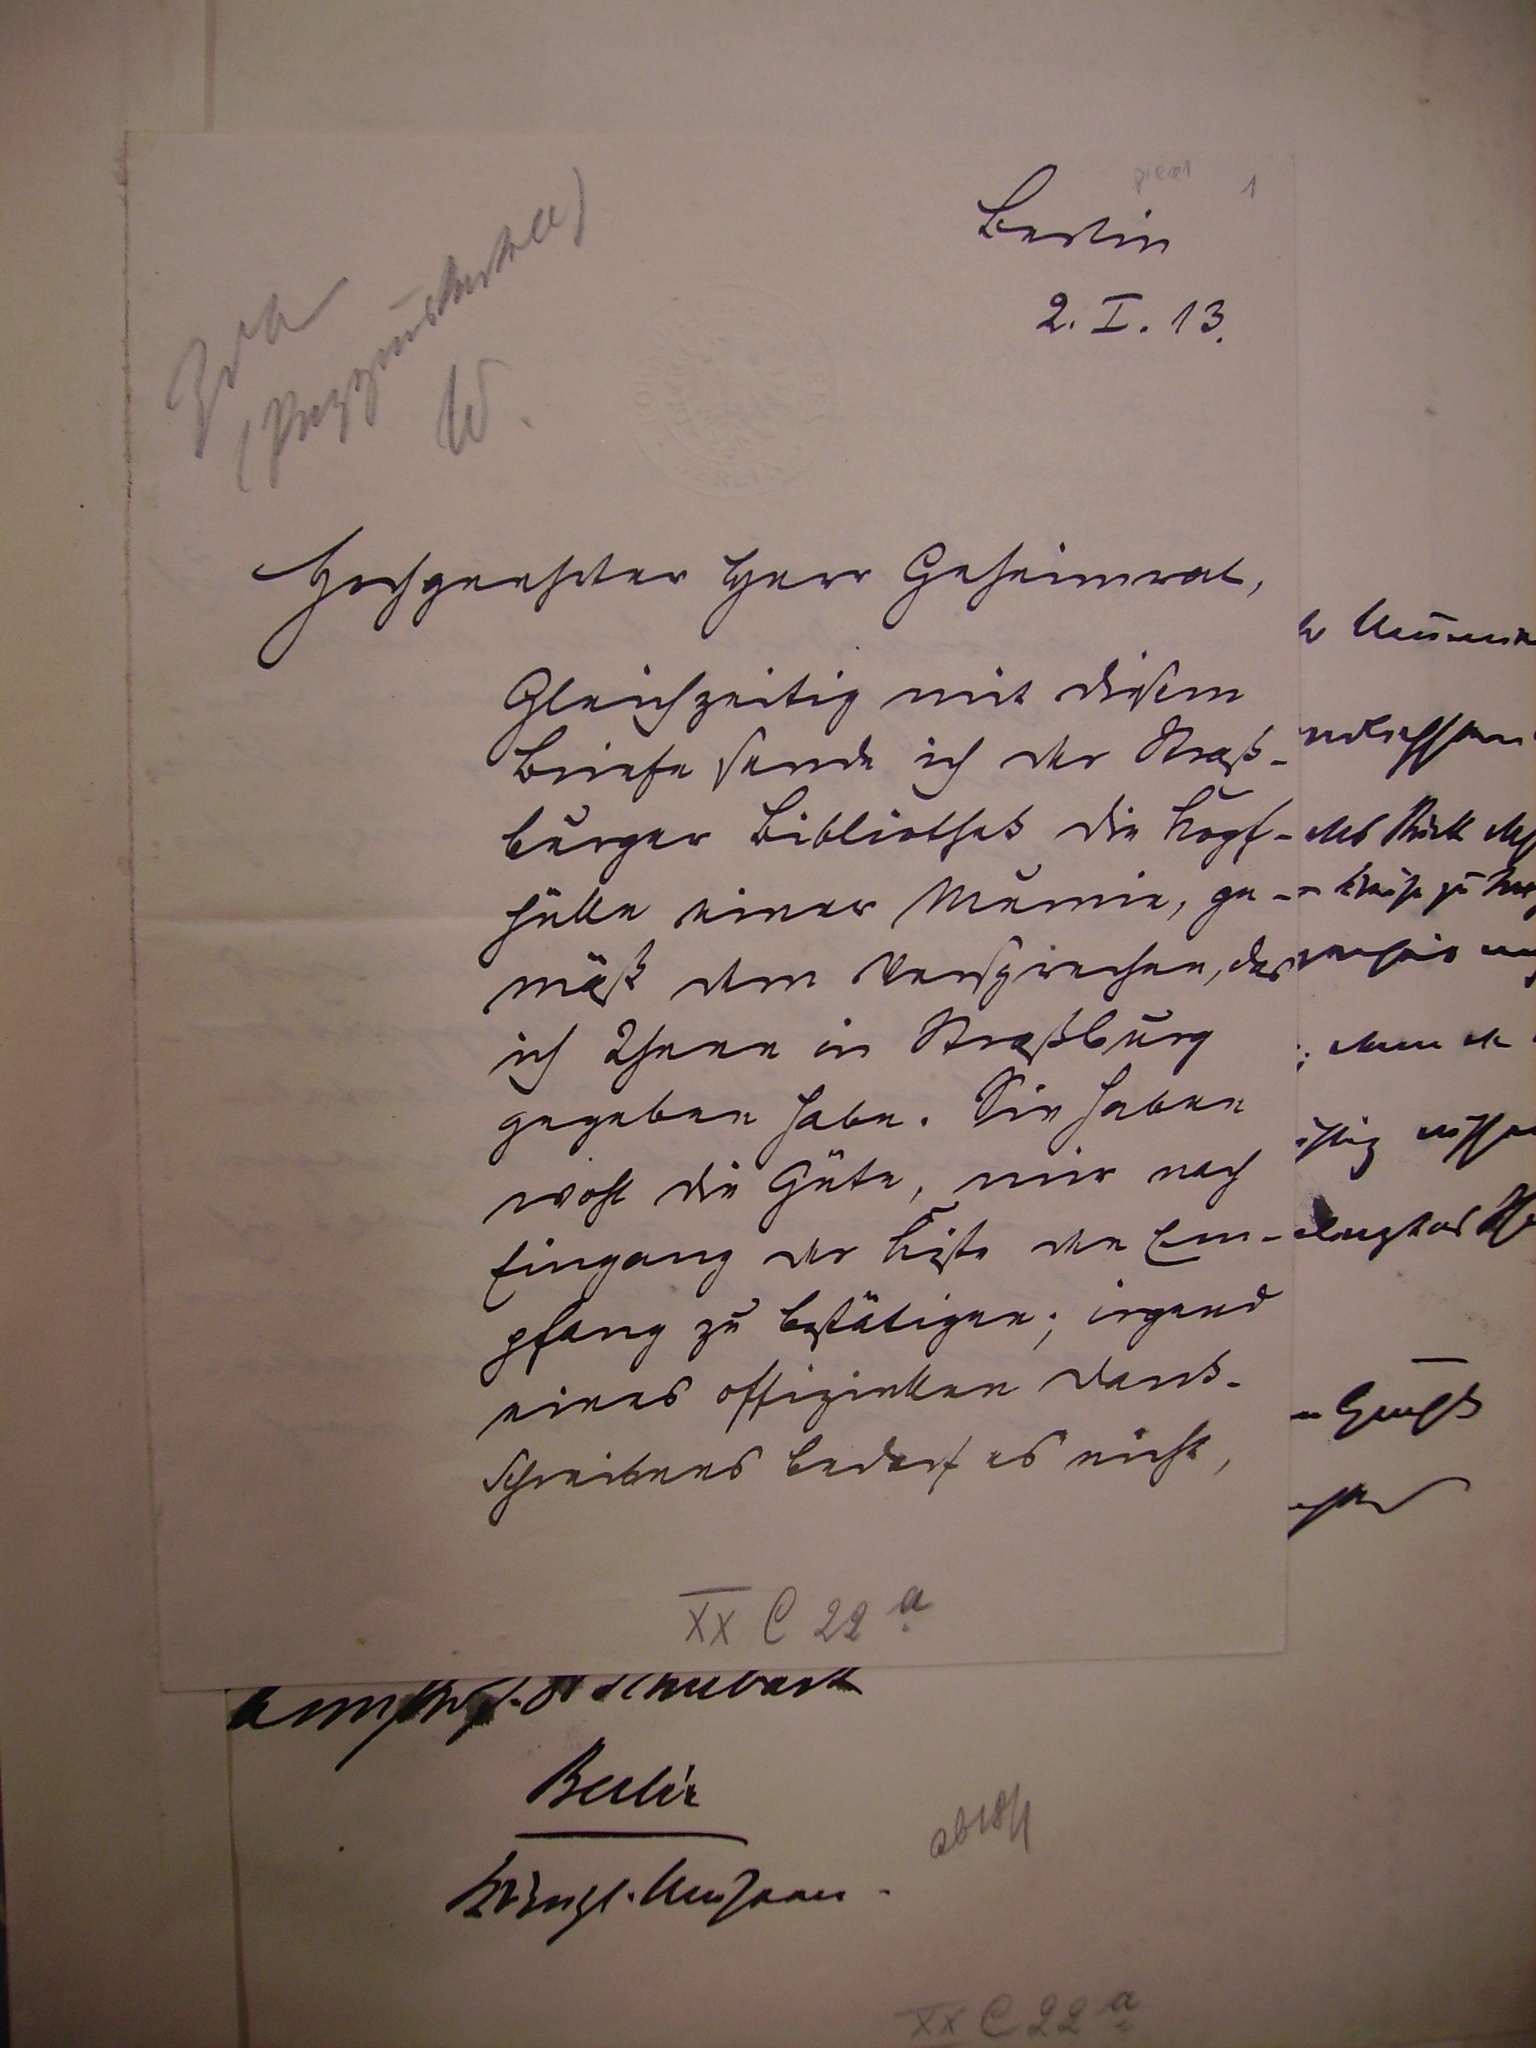
Berlin
2. I. 13.

Hochgeehrter Herr Geheimrat,
Gleichzeitig mit diesem
Briefe sende ich der Straß¬
burger Bibliothek die Kopf¬
hülle einer Mumie, ge¬
mäß dem Versprechen, das
ich Ihnen in Straßburg
gegeben habe. Sie haben
wohl die Güte, mir nach
Eingang der Kiste den Em¬
pfang zu bestätigen. irgend
eines offiziellen Amts¬
schreibens bedarf es nicht,